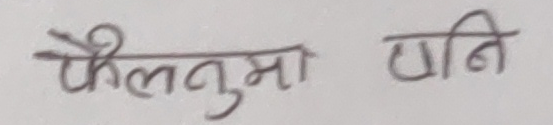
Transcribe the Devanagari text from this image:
फैलनुमा धानि